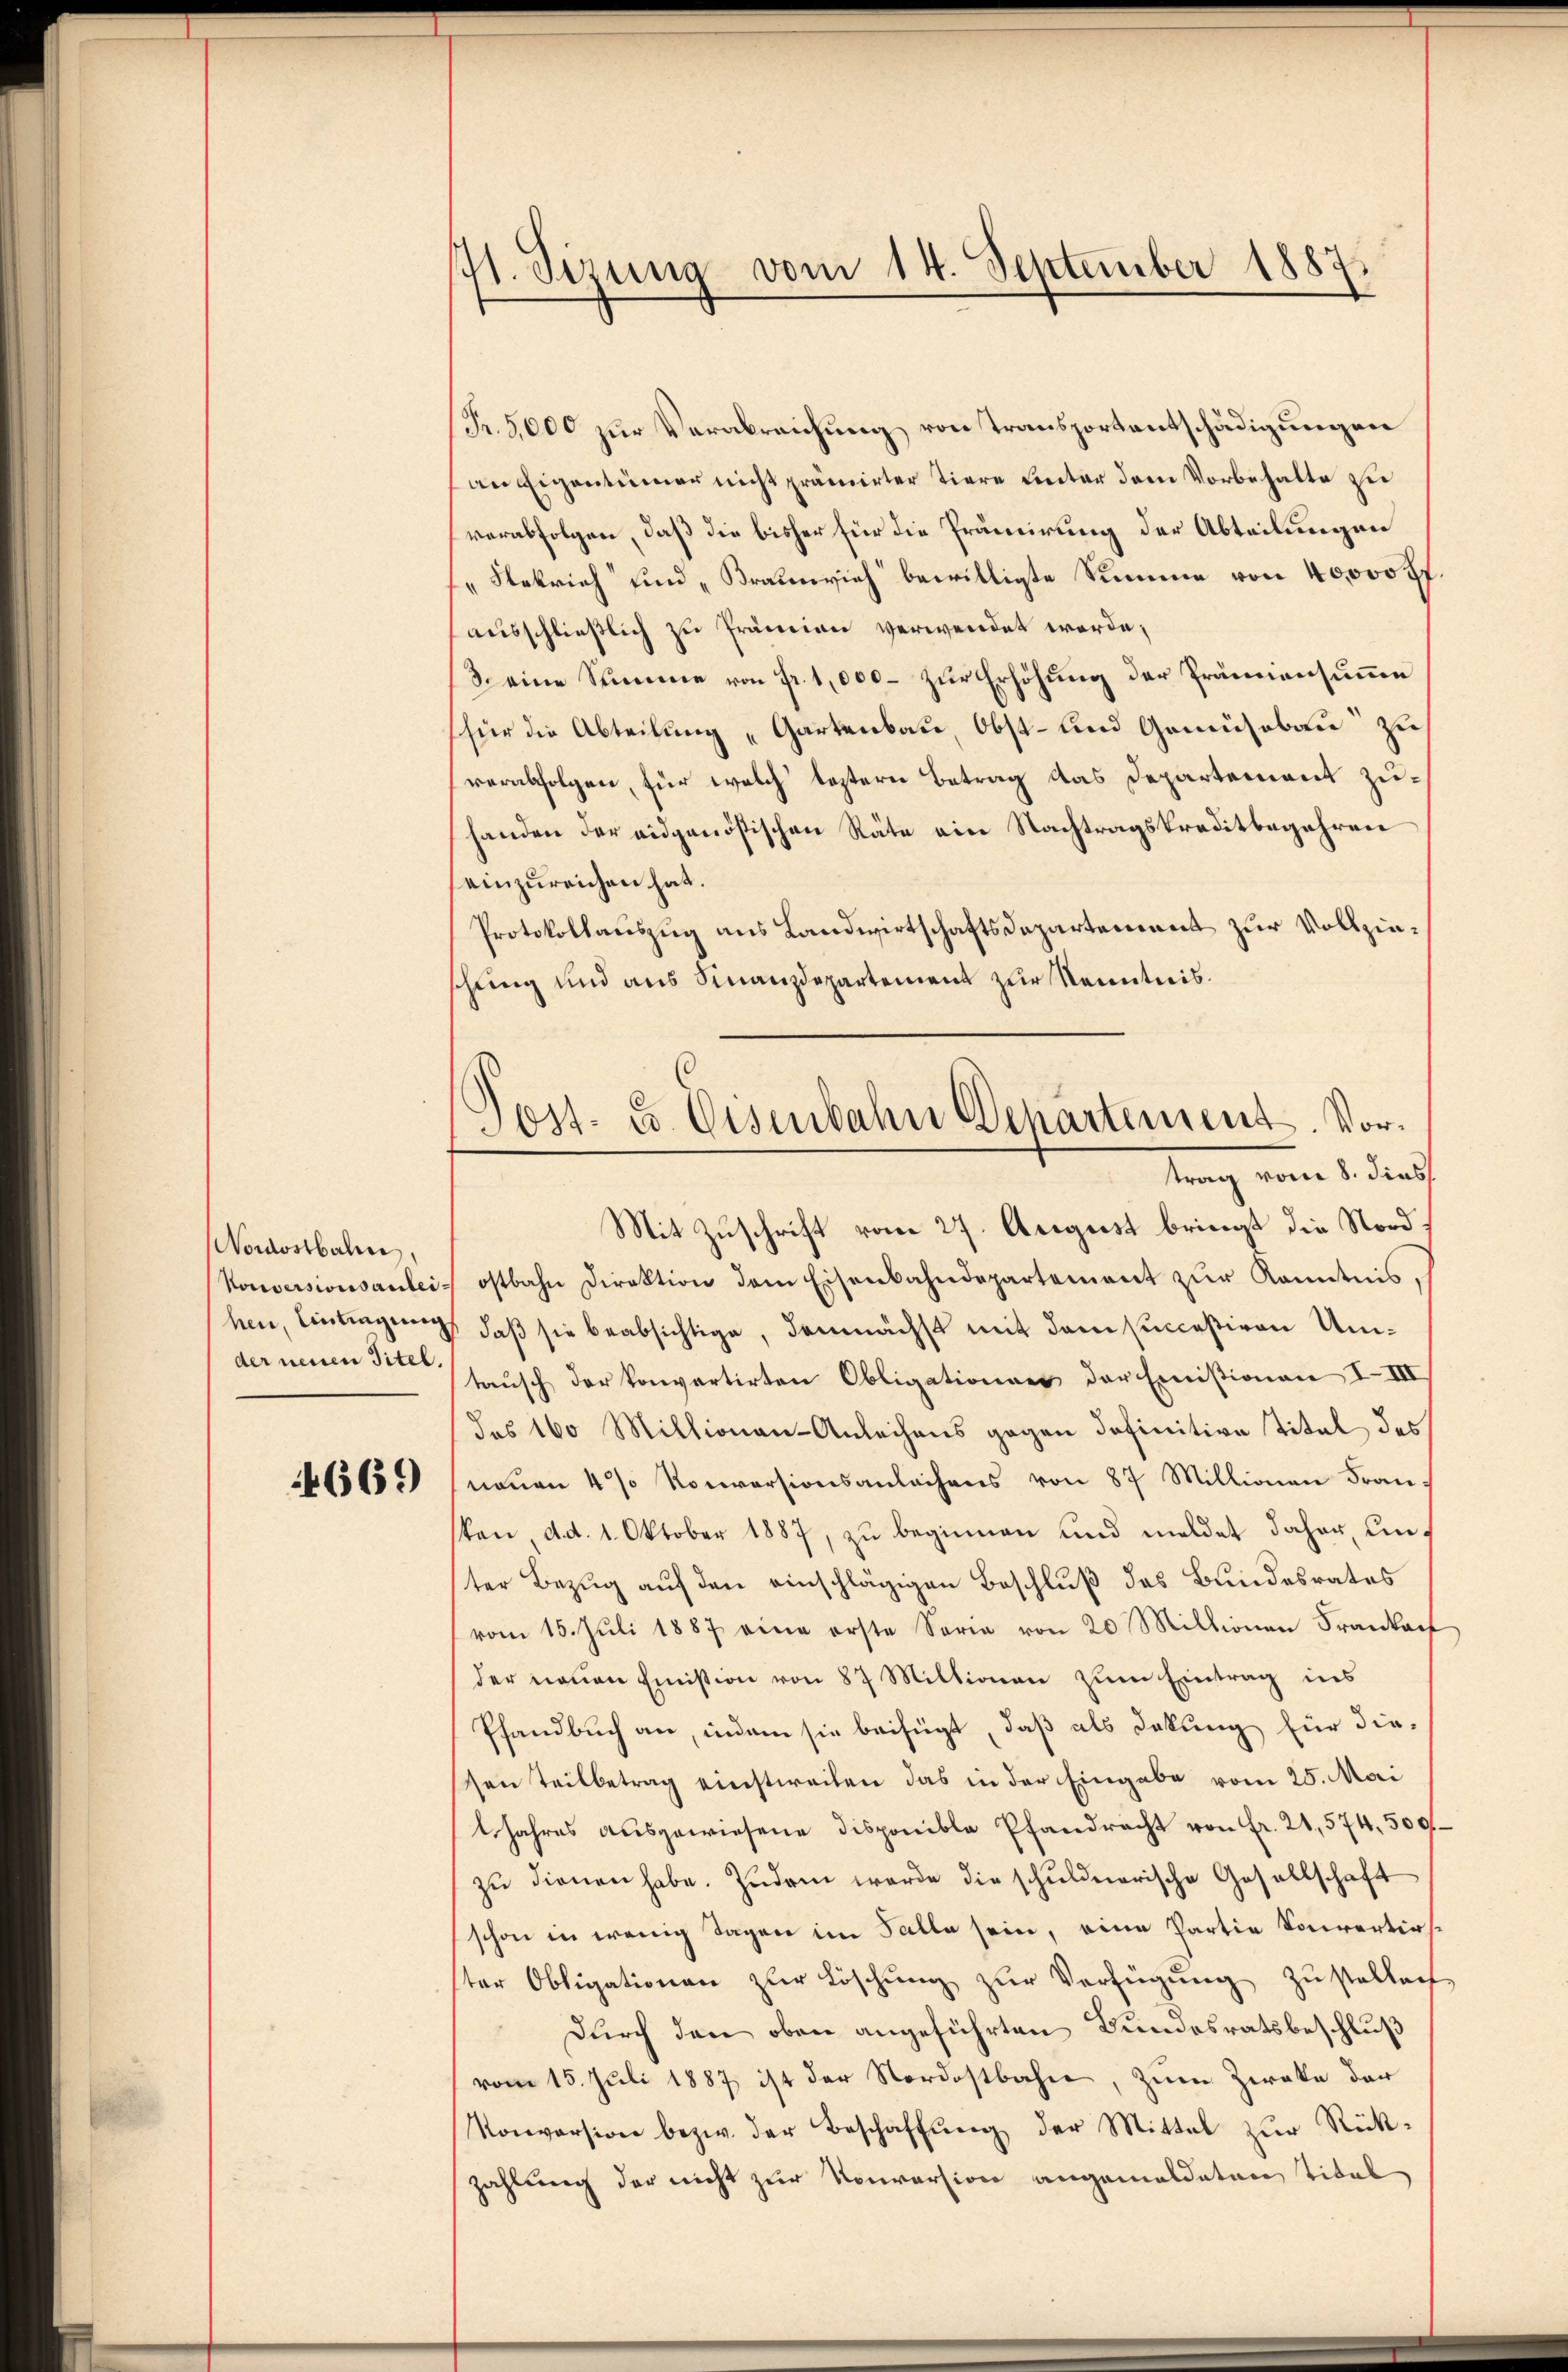
Nordostbahn,
Vouversionsanlei
hen, Einsingung
der neuen Titel.

4669

71. Sizung vom 14. September 1887.
e

Post- u. Eisenbahn Departement. Vortrag vom 8. dies

Fr. 5,000 zur Verabreichung von Transportentschädigungen
an Eigentümer nicht prämirter tiere unter dem Vorbehalte zu
verabfolgen, daß die bisher für die Prämirung der Abteilungen
"Nekrich und „Braunrich bewilligte Summe von 40000 ff.
ausschließlich zu Prämien verwendet werde;
(3. eine Summe von Fr. 1,000 – zur Erhöhung der Prämiensumme
(für die Abteilung „Gartenbau, Obst- und Gemüsebau“ zu
verabfolgen, für welch leztern Betrag das Departement zuhanden der eidgenößischen Räte ein Nachtragskreditbegehren
einzureichen hat.
Protokollauszug aus Landwirtschaftsdepartement zur Vollzieschung und aus Finanzdepartement zur Kenntnis.
Mit Zuschrift vom 27. August bringt die Nordostbahn Direktion dem Eisenbahndepartement zŭr Kenntnis,
daß sie beabsichtige, demnächst mit dem succeßiven Umtausch der konvartirten Obligationes der Emistionen IIII
des 160 Millionen-Anleihens gegen definitive Titel des
neŭen 4% Konversionsanlachens von 87 Millionen Fran
kan, d. d. 1. Oktober 1887, zu beginnen und meldet daher, unter Bezug auf den einschlägigen Beschluß des Bundesrates
vom 15. Juli 1887 eine erste Serie von 20 Millionen Frankauf
der neuen Emission von 87 Miltionen zum Eintrag ins
Pfandbuch an, indem sie beifügt, daß als Dakung für diesen Teilbetrag einstweilen das in der Eingabe vom 25. Mai
1 Jahres ausgewiesene disponible Pfandrecht von fr. 21,574. 500f
zŭ dienen habe. Zudem werde die schuldnerische Gesellschaft
schon in wenig Tagen im Falle sein, eine Partie Souvertirster Obligationen zur Löschung zŭr Verfügung zustellen
Durch den oben angeführten Bundesratsbeschluß
vom 15. Juli 1887 ist der Nordostbahne, zum Zwecke der
Konversion bezw. der Beschaffŭng der Mittel zŭr Rück-
zahlung der nicht zur Konversion angemeldeten Titel